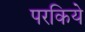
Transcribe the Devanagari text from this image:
परकिये